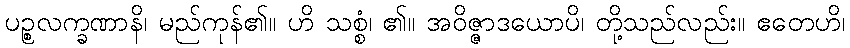
ပဉ္စလက္ခဏာနိ၊ မည်ကုန်၏။ ဟိ သစ္စံ၊ ၏။ အဝိဇ္ဇာဒယောပိ၊ တို့သည်လည်း။ ဧတေဟိ၊